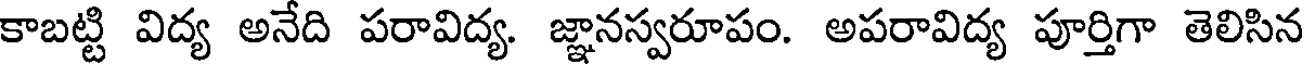
కాబట్టి విద్య అనేది పరావిద్య. జ్ఞానస్వరూపం. అపరావిద్య పూర్తిగా తెలిసిన